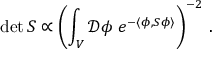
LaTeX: \operatorname* { d e t } S \propto \left( \int _ { V } { \mathcal { D } } \phi \; e ^ { - \langle \phi , S \phi \rangle } \right) ^ { - 2 } \, .